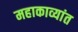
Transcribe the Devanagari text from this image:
महाकाव्यांत